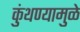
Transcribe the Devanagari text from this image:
कुंथण्यामुळे